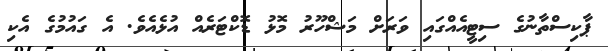
ޕާކިސްތާނުގެ ސިޓީއެއްގައި ވަރަށް މަޝްހޫރު މޮޅު ޑޮކްޓަރެއް އުޅެއެވެ. އެ ގައުމުގެ އެކި